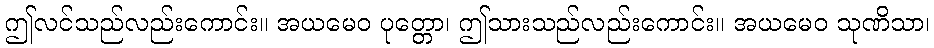
ဤလင်သည်လည်းကောင်း။ အယမေဝ ပုတ္တော၊ ဤသားသည်လည်းကောင်း။ အယမေဝ သုဏိသာ၊